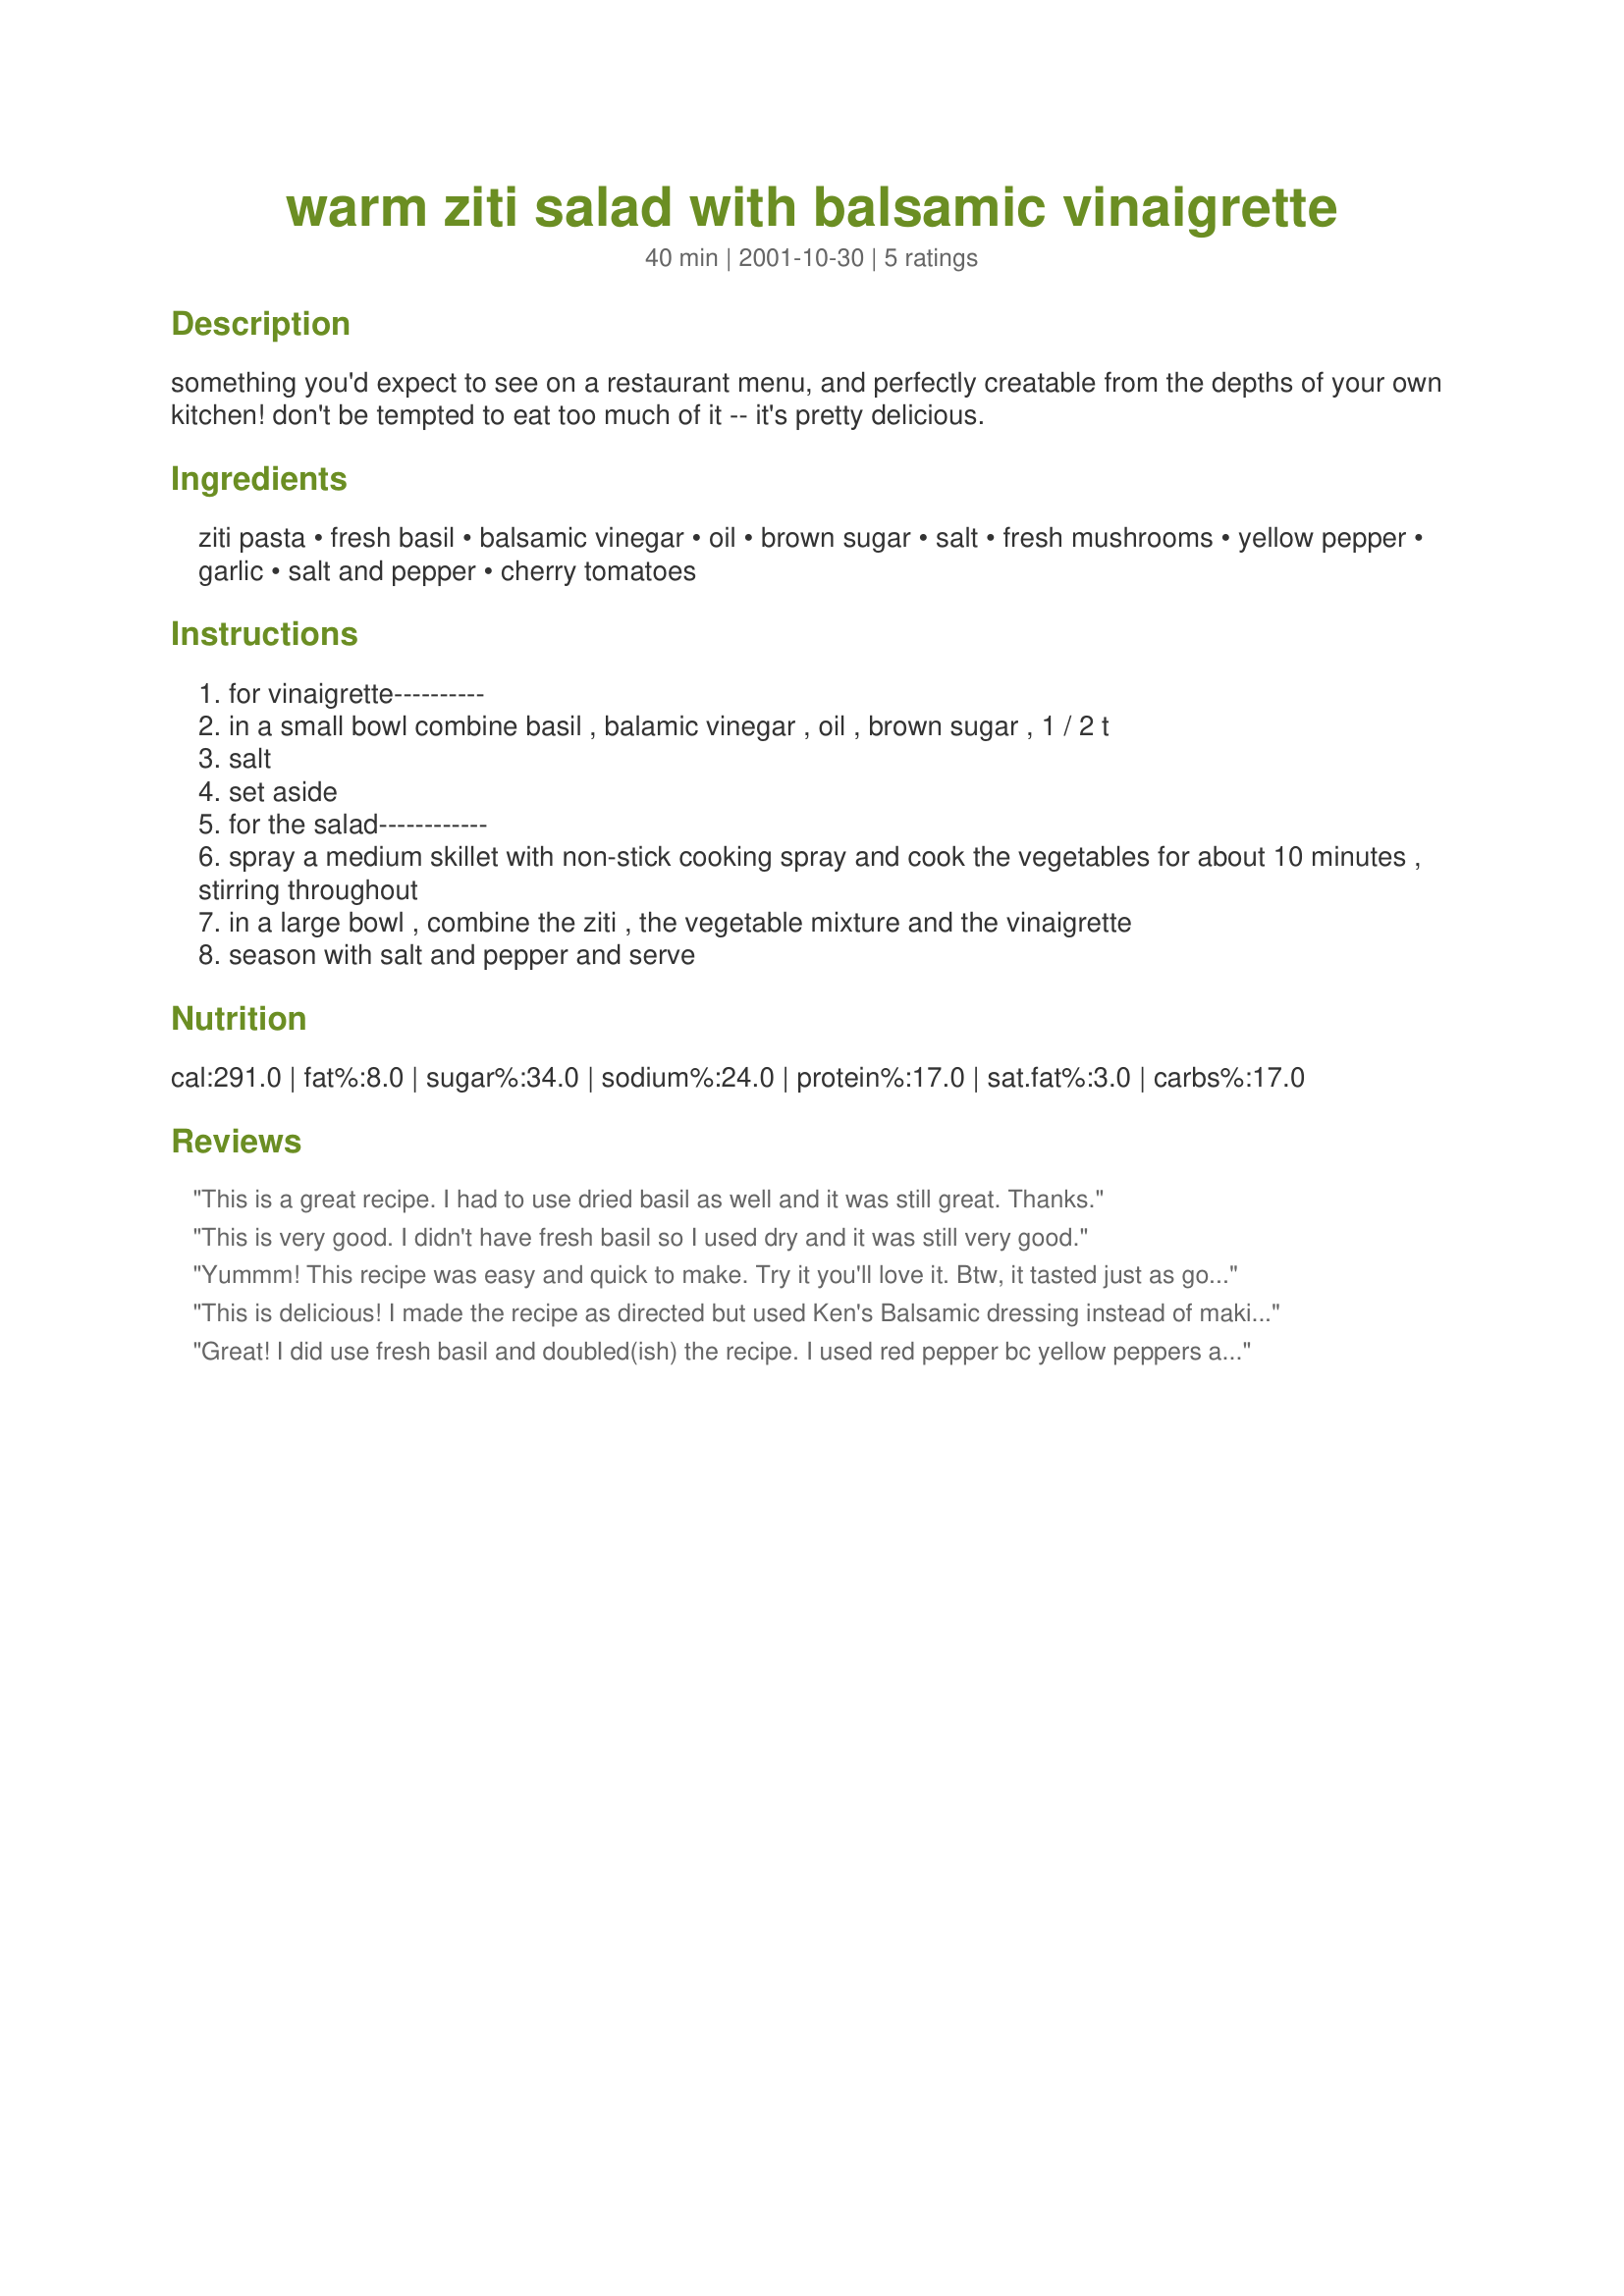
warm ziti salad with balsamic vinaigrette
Preparation time: 40 minutes

something you'd expect to see on a restaurant menu, and perfectly creatable from the depths of your own kitchen! don't be tempted to eat too much of it -- it's pretty delicious.

Ingredients:
ziti pasta, fresh basil, balsamic vinegar, oil, brown sugar, salt, fresh mushrooms, yellow pepper, garlic, salt and pepper, cherry tomatoes

Steps:
for vinaigrette----------
in a small bowl combine basil , balamic vinegar , oil , brown sugar , 1 / 2 t
salt
set aside
for the salad------------
spray a medium skillet with non-stick cooking spray and cook the vegetables for about 10 minutes , stirring throughout
in a large bowl , combine the ziti , the vegetable mixture and the vinaigrette
season with salt and pepper and serve

Reviews:
This is a great recipe. I had to use dried basil as well and it was still great. Thanks.
This is very good. I didn't have fresh basil so I used dry and it was still very good.
Yummm! This recipe was easy and quick to make. Try it you'll love it. Btw, it tasted just as good cold for lunch the next day.
This is delicious! I made the recipe as directed but used Ken's Balsamic dressing instead of making the dressing - still really good!
Great! I did use fresh basil and doubled(ish) the recipe. I used red pepper bc yellow peppers are inhibitingly expensive around here and bow-ties rather than ziti. Great fresh flavor and very modern tasting- you're right, very much like something you'd expect to pay lots of $ for in a trendy restaurant. I think that it would benefit, however, from the addition of some smoked mozzarella.
